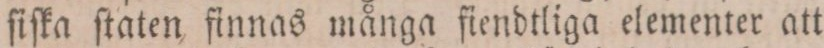
ſiſka ſtaten finnas många fiendtliga elementer att